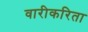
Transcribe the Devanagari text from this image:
वारीकरिता